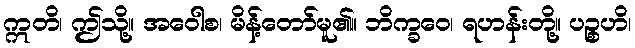
ဣတိ၊ ဤသို့။ အဝေါစ၊ မိန့်တော်မူ၏။ ဘိက္ခဝေ၊ ရဟန်းတို့။ ပဉ္စဟိ၊